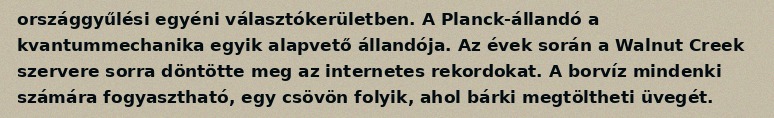
országgyűlési egyéni választókerületben. A Planck-állandó a kvantummechanika egyik alapvető állandója. Az évek során a Walnut Creek szervere sorra döntötte meg az internetes rekordokat. A borvíz mindenki számára fogyasztható, egy csövön folyik, ahol bárki megtöltheti üvegét.